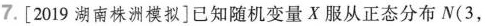
7. [2019湖南株洲模拟]已知随机变量X服从正态分布N(3，